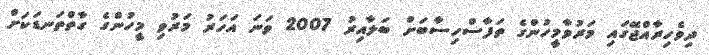
ދިވެހިރާއްޖޭގައި މަރުވާމީހުންގެ ތަފާސްހިސާބަށް ބަލާއިރު 2007 ވަނަ އަހަރު މަރުވި މީހުންގެ ގާތްތަނޑަކަށް